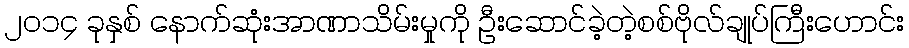
၂၀၁၄ ခုနှစ် နောက်ဆုံးအာဏာသိမ်းမှုကို ဦးဆောင်ခဲ့တဲ့စစ်ဗိုလ်ချုပ်ကြီးဟောင်း